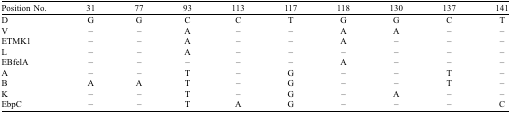
| Position No. | 31 | 77 | 93 | 113 | 117 | 118 | 130 | 137 | 141 |
 | --- | --- | --- | --- | --- | --- | --- | --- | --- | --- |
 | D | G | G | C | C | T | G | G | C | T |
 | V | – | – | A | – | – | A | A | – | – |
 | ETMK1 | – | – | A | – | – | A | – | – | – |
 | L | – | – | A | – | – | – | – | – | – |
 | EBfelA | – | – | – | – | – | A | – | – | – |
 | A | – | – | T | – | G | – | – | T | – |
 | B | A | A | T | – | G | – | – | T | – |
 | K | – | – | T | – | G | – | A | – | – |
 | EbpC | – | – | T | A | G | – | – | – | C |